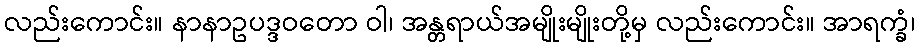
လည်းကောင်း။ နာနာဥပဒ္ဒဝတော ဝါ၊ အန္တရာယ်အမျိုးမျိုးတို့မှ လည်းကောင်း။ အာရက္ခံ၊